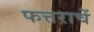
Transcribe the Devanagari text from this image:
फत्तराचें